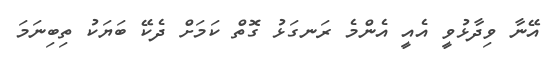
އޭނާ ވިދާޅުވީ އެއީ އެންމެ ރަނގަޅު ގޮތް ކަމަށް ދެކޭ ބަޔަކު ތިބިނަމަ